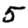
Digit: 5